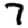
Digit: 7